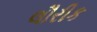
લૌરીક